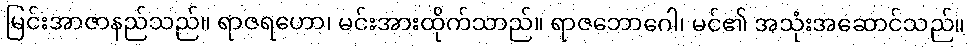
မြင်းအာဇာနည်သည်။ ရာဇရဟော၊ မင်းအားထိုက်သာည်။ ရာဇဘောဂေါ၊ မင်၏ အသုံးအဆောင်သည်။